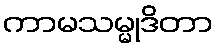
ကာမသမ္မုဒိတာ